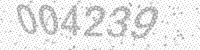
Solution: 004239